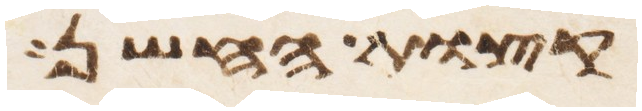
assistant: קצות החשן